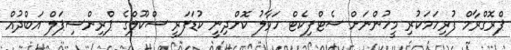
ޕްރޮގްރާމް ފުރިހަމަކުރި މީހުންނަށް ސެޓްފިކެޓް ހަވާލު ކޮށްދިނީ ކުޑަފަރީ ސްކޫލްގެ ޕްރިންސިޕަލް އަބްދުއް